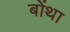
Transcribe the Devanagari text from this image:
बोंथा